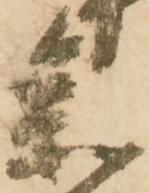
参